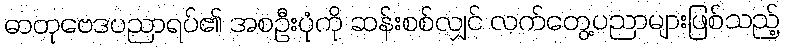
ဓာတုဗေဒပညာရပ်၏ အစဦးပုံကို ဆန်းစစ်လျှင် လက်တွေ့ပညာများဖြစ်သည့်